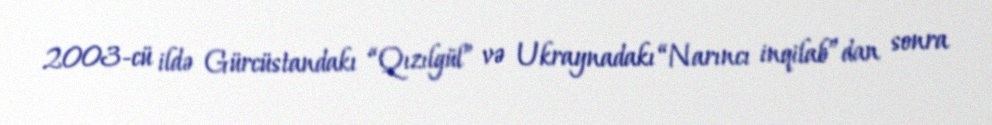
2003-cü ildə Gürcüstandakı “Qızılgül” və Ukraynadakı “Narıncı inqilab”dan sonra